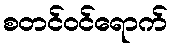
စတင်ဝင်ရောက်